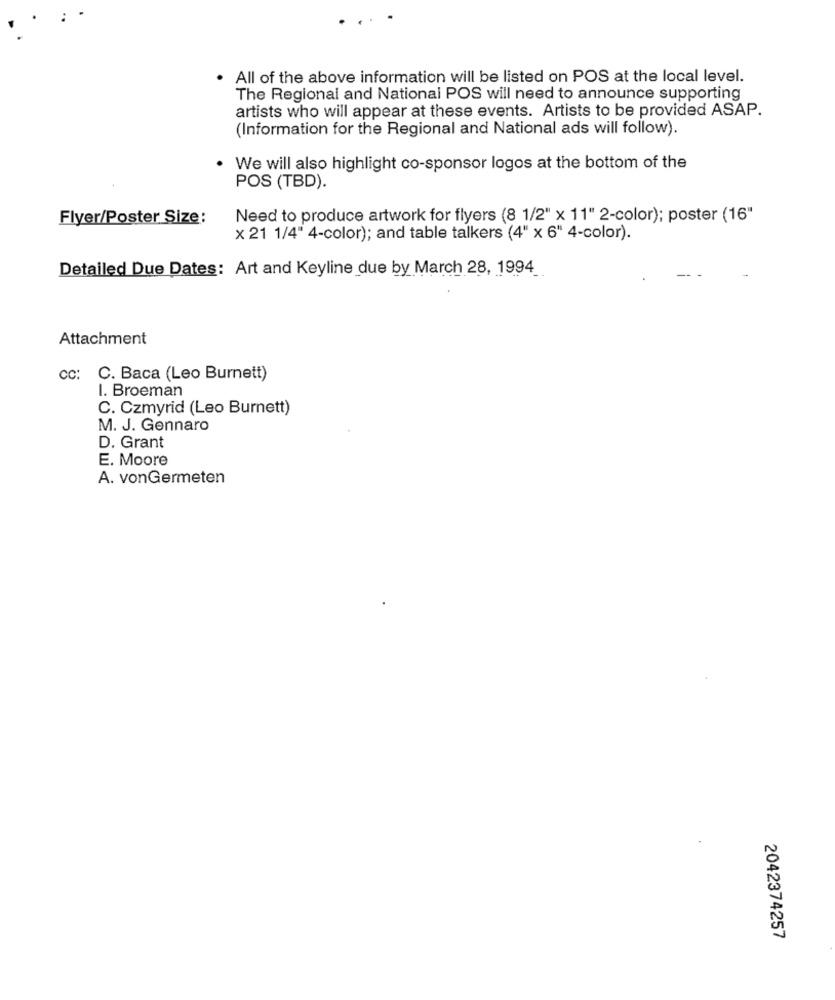
All of the above information will be listed on POS at the local level.
The Regional and National POS will need to announce supporting
artists who will appear at these events. Artists to be provided ASAP.
(Information for the Regional and National ads will follow).
. We will also highlight co-sponsor logos at the bottom of the
POS (TBD).
Flyer/Poster Size:
Need to produce artwork for flyers (8 1/2" x 11" 2-color); poster (16"
x 21 1/4" 4-color); and table talkers (4" x 6" 4-color).
Detailed Due Dates: Art and Keyline due by March 28, 1994
Attachment
CC:
C. Baca (Leo Burnett)
I. Broeman
C. Czmyrid (Leo Burnett)
M. J. Gennaro
D. Grant
E. Moore
A. vonGermeten
2042374257